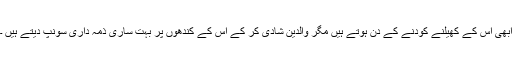
ابھی اس کے کھیلنے کودنے کے دن ہوتے ہیں مگر والدین شادی کر کے اس کے کندھوں پر بہت ساری ذمہ داری سونپ دیتے ہیں ۔